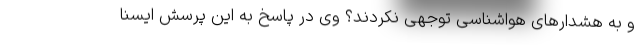
و به هشدارهای هواشناسی توجهی نکردند؟ وی در پاسخ به این پرسش ایسنا